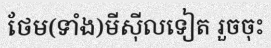
ថែម(ទាំង)មីស៊ីលទៀត រួចចុះ